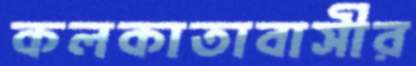
কলকাতাবাসীর